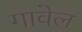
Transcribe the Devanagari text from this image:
गावेल